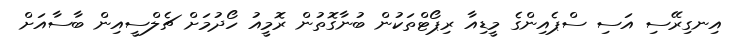
އިނގިރޭސި އަސި ސްޕެއިންގެ މީޑިއާ ރިޕޯޓްތަކުން ބުނާގޮތުން ރޮމީއު ހޯދުމަށް ޗެލްސީއިން ބާސާއަށް